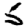
Digit: 5